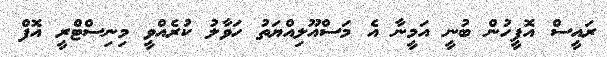
ރައީސް އޮފީހުން ބުނީ އަމީނާ އެ މަސްއޫލިއްޔަތު ހަވާލު ކުރެއްވީ މިނިސްޓްރީ އޮފް